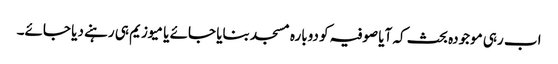
اب رہی موجودہ بحث کہ آیا صوفیہ کو دوبارہ مسجد بنایا جائے یا میوزیم ہی رہنے دیا جائے۔